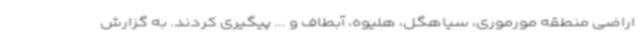
اراضی منطقه مورموری، سیاهگل، هلیوه، آبطاف و ... پیگیری کردند. به گزارش